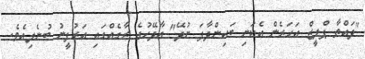
"ދައްތާ ޕްލީޒް އަހަރެން އެކަނި ބައިންދާފަ ނުދޭ" އާދޭހުގެ ރާގެއްގައި އަރުފީނު ބުނެލިއެވެ.